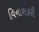
વિનાશકરી